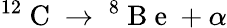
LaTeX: ^{12}\mathrm{~C~}\to\ ^{8}\mathrm{~B~e~}+\alpha